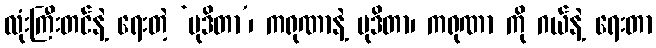
လုံးကြီးတင်နဲ့ ရေးတဲ့ ‘မုဒိတာ’၊ ကရုဏာနဲ့ မုဒိတာ၊ ကရုဏာ ကို ဂယ်နဲ့ ရေးတာ